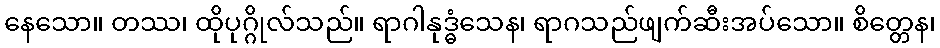
နေသော။ တဿ၊ ထိုပုဂ္ဂိုလ်သည်။ ရာဂါနုဒ္ဓံသေန၊ ရာဂသည်ဖျက်ဆီးအပ်သော။ စိတ္တေန၊